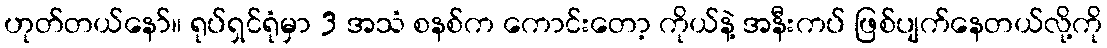
ဟုတ်တယ်နော်။ ရုပ်ရှင်ရုံမှာ 3 အသံ စနစ်က ကောင်းတော့ ကိုယ်နဲ့ အနီးကပ် ဖြစ်ပျက်နေတယ်လို့ကို